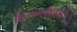
વિઝનવહિવટી